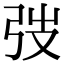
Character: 弢